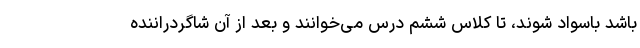
باشد باسواد شوند، تا کلاس ششم درس می‌خوانند و بعد از آن شاگردراننده